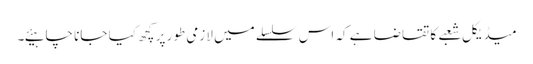
میڈیکل شعبے کا تقاضا ہے کہ اس سلسلے میں لازمی طور پر کچھ کیا جانا چاہیئے۔